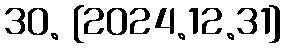
30. {2024.12.31}